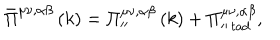
LaTeX: \bar { \Pi } ^ { \mu \nu , \alpha \beta } \left( k \right) = \Pi _ { \prime \prime } ^ { \mu \nu , \alpha \beta } \left( k \right) + \Pi _ { \prime \prime \, t a d } ^ { \mu \nu , \alpha \beta } ,